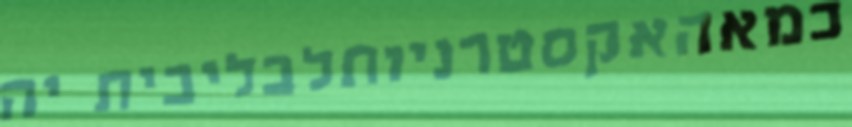
כמאהאקסטרניותלבליבית יה